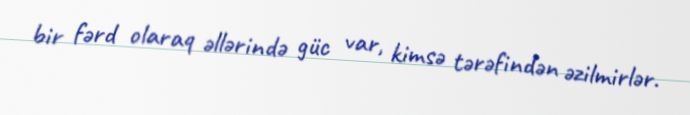
bir fərd olaraq əllərində güc var, kimsə tərəfindən əzilmirlər.